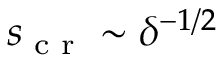
s _ { \textup { c r } } \sim \delta ^ { - 1 / 2 }